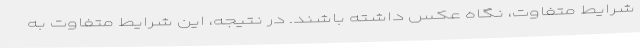
شرایط متفاوت، نگاه عکس داشته باشند. در نتیجه، این شرایط متفاوت به